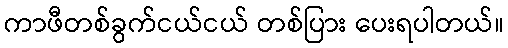
ကာဖီတစ်ခွက်ငယ်ငယ် တစ်ပြား ပေးရပါတယ်။